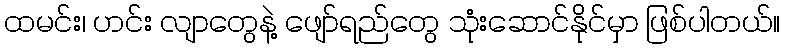
ထမင်း၊ ဟင်း လျာတွေနဲ့ ဖျော်ရည်တွေ သုံးဆောင်နိုင်မှာ ဖြစ်ပါတယ်။